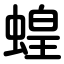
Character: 蝗